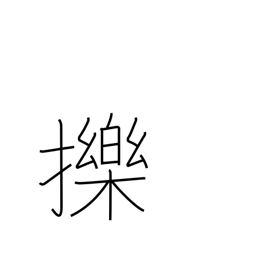
Meaning: funny